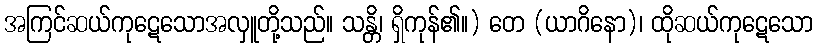
အကြင်ဆယ်ကုဋေသောအလှူတို့သည်။ သန္တိ၊ ရှိကုန်၏။) တေ (ယာဂိနော)၊ ထိုဆယ်ကုဋေသော